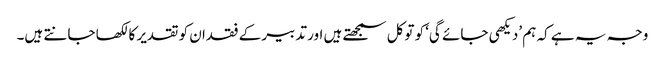
وجہ یہ ہے کہ ہم ’دیکھی جائے گی‘ کو توکل سمجھتے ہیں اور تدبیر کے فقدان کو تقدیر کا لکھا جانتے ہیں۔